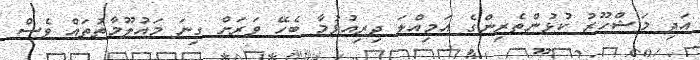
އަދި މަޝްހޫރު ކުޅުންތެރިންގެ އަމިއްލަ ދިރިއުޅުމާ ބެހޭ ވަރަށް ގިނަ މައުލޫމާތުތައް ވެސް